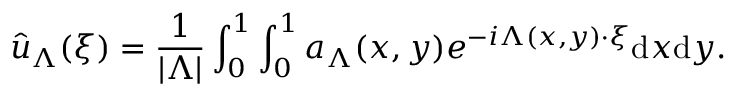
\hat { u } _ { \Lambda } ( \boldsymbol { \xi } ) = \frac { 1 } { | \Lambda | } \int _ { 0 } ^ { 1 } \int _ { 0 } ^ { 1 } a _ { \Lambda } ( x , y ) e ^ { - i \boldsymbol { \Lambda } ( x , y ) \cdot \boldsymbol { \xi } } \mathrm { d } x \mathrm { d } y .